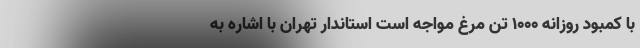
با کمبود روزانه ۱۰۰۰ تُن مرغ مواجه است استاندار تهران با اشاره به